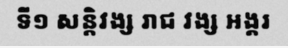
ទី១ សន្តិវង្ស រាជ វង្ស អង្គរ